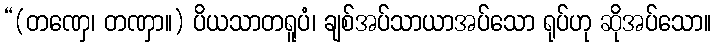
“(တဏှေ၊ တဏှာ။) ပိယသာတရူပံ၊ ချစ်အပ်သာယာအပ်သော ရုပ်ဟု ဆိုအပ်သော။